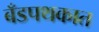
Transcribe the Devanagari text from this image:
बँडपथकात